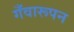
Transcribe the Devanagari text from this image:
गँवारूपन